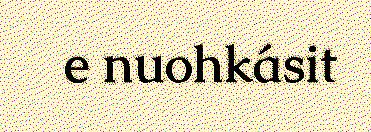
e nuohkásit